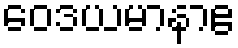
ဝေဒယမာနာဧ